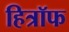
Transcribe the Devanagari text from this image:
हित्रॉफ